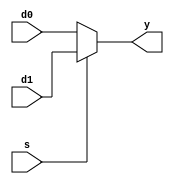
module MUX2	#(parameter WIDTH = 32)(
	input [WIDTH-1:0]	d0, d1,
	input s,
	output [WIDTH-1:0] y
);

assign y = s ? d1 : d0;

endmodule


module MUX4	#(parameter WIDTH = 32)
(
	input [WIDTH-1:0]	d0, d1, d2, d3,
	input [1:0] s,
	output reg [WIDTH-1:0] y
);

always @*
	case(s)
		2'b00: y <= d0;
		2'b01: y <= d1;
		2'b10: y <= d2;
		2'b11: y <= d3;
		default: y <= 0;
	endcase


endmodule


module MUX8	#(parameter WIDTH = 32)
(
	input [WIDTH-1:0]	d0, d1, d2, d3, d4, d5, d6, d7,
	input [2:0] s,
	output reg [WIDTH-1:0] y
);

always @*
	case(s)
		3'h0: y = d0;
		3'h1: y = d1;
		3'h2: y = d2;
		3'h3: y = d3;
		3'h4: y = d4;
		3'h5: y = d5;
		3'h6: y = d6;
		3'h7: y = d7;
		default: y = 0;
	endcase


endmodule